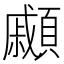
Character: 顣